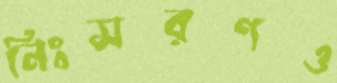
নিঃসরণও